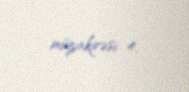
müzakirəsi 4.